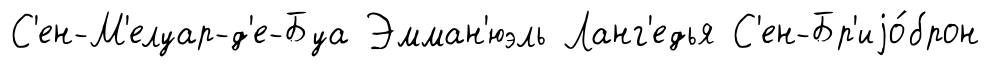
С'ен-М'елуар-д'е-Буа Эмман'юэль Ланг'едья С'ен-Бр'иjо́брон